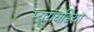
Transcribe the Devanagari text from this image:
म्यूरॉयडिया